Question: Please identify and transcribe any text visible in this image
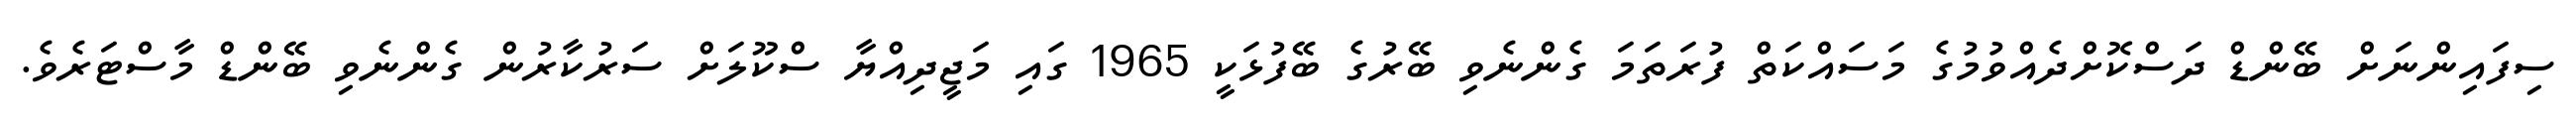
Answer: ސިފައިންނަށް ބޭންޑް ދަސްކޮށްދެއްވުމުގެ މަސައްކަތް ފުރަތަމަ ގެންނެވި ބޭރުގެ ބޭފުޅަކީ 1965 ގައި މަޖީދިއްޔާ ސްކޫލަށް ސަރުކާރުން ގެންނެވި ބޭންޑް މާސްޓަރެވެ.